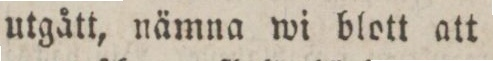
utgått, nämna wi blott att